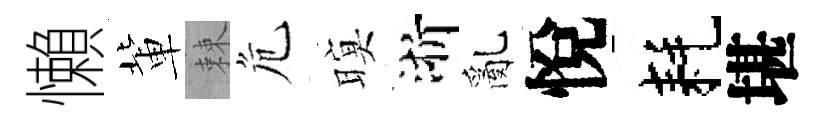
懶軰棘危暝浙亂悅耗堪